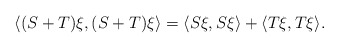
\begin{align*}\langle (S+T)\xi,(S+T)\xi\rangle = \langle S\xi,S\xi\rangle+\langle T\xi,T\xi\rangle.\end{align*}